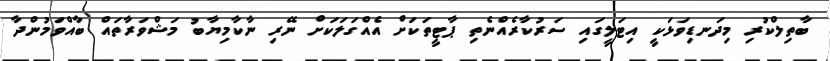
ބާތިލްކުރި މިދަނޑިވަޅަކީ އިޓަލީގައި ސަރުކާރެއްނެތި ޕާޓީތަކަށް އެއްގަލަކަށް ނޭރި ނާކާމިޔާބު މަޝްވަރާތައް ބާއްވަމުންދާ